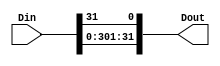
module LEA_ROL1(Din,Dout);

input [31:0] Din;
output [31:0] Dout;

assign Dout[31:0] = {Din[30:0], Din[31]};

endmodule